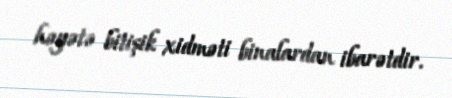
həyətə bitişik xidməti binalardan ibarətdir.